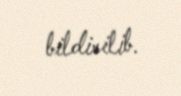
bildirilib.